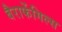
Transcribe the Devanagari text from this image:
बैराफेंगिल्स